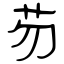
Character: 芴